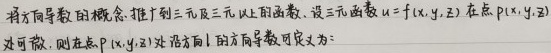
将方向导数的概念推广到三元及三元以上函数. 设三元函数$u = f(x,y,z)$在点$P(x,y,z)$处可微, 则在点$P(x,y,z)$处沿方向$\boldsymbol{l}$的方向导数可定义为: